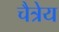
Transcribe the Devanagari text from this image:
चैत्रेय